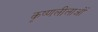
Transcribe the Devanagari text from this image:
कृष्णलीलाओं